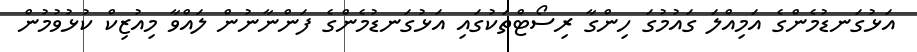
އަޅުގަނޑުމެންގެ އަމިއްލަ ގައުމުގަ ހިންގާ ރިސޯޓްތަކުގައި އަޅުގަނޑުމެންގެ ފަންނާނުން ލައްވާ މިއުޒިކް ކުޅުވުމުން